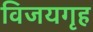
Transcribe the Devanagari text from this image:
विजयगृह